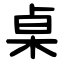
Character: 桌